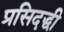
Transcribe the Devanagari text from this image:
प्रसिदद्धी